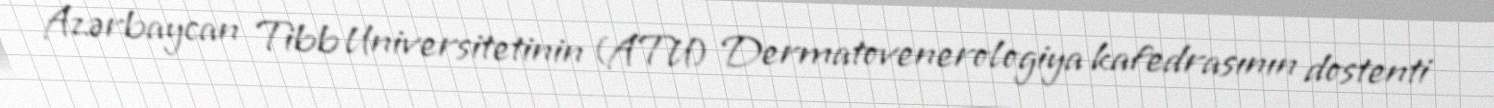
Azərbaycan Tibb Universitetinin (ATU) Dermatovenerologiya kafedrasının dostenti